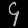
Digit: ၄